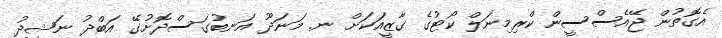
އެގޮތުން ޖޭއެސްސީން ކްރިމިނަލް ކޯޓުގެ ގާޒީއަކަށް ނ. މަނަދޫ އަނބުގަސްދޮށުގޭ އަބްދު ނަޝީދު